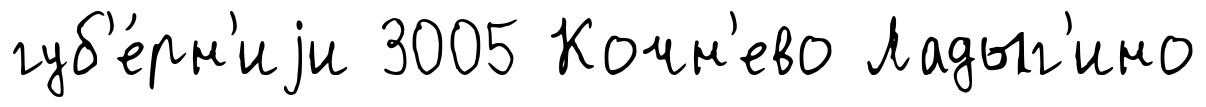
губ'е́рн'иjи 3005 Кочн'ево Ладыг'ино